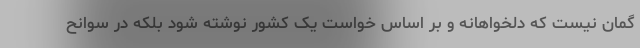
گمان نیست که دلخواهانه و بر اساس خواست یک کشور نوشته شود بلکه در سوانح